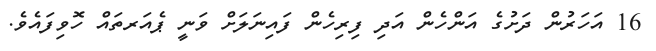
16 އަހަރުން ދަށުގެ އަންހެން އަދި ފިރިހެން ފައިނަލަށް ވަނީ ޕެއަރތައް ހޮވިފައެވެ.